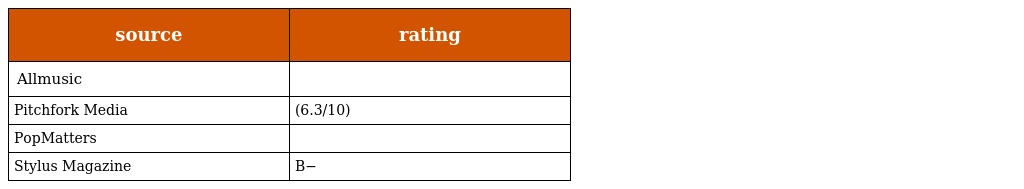
| source | rating |
 | --- | --- |
 | Allmusic |  |
 | Pitchfork Media | (6.3/10) |
 | PopMatters |  |
 | Stylus Magazine | B− |